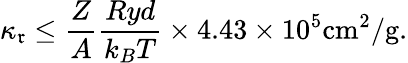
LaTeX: \kappa_{\mathfrak{r}}\leq\frac{{Z}}{{A}}\frac{{Ryd}}{{k_{B}T}}\times4.43\times10^{5}\mathrm{{cm}}^{2}/\mathrm{{g}}.